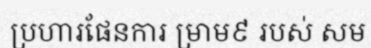
ប្រហារផែនការ ម្រាម៩ របស់ សម